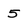
Character: 5